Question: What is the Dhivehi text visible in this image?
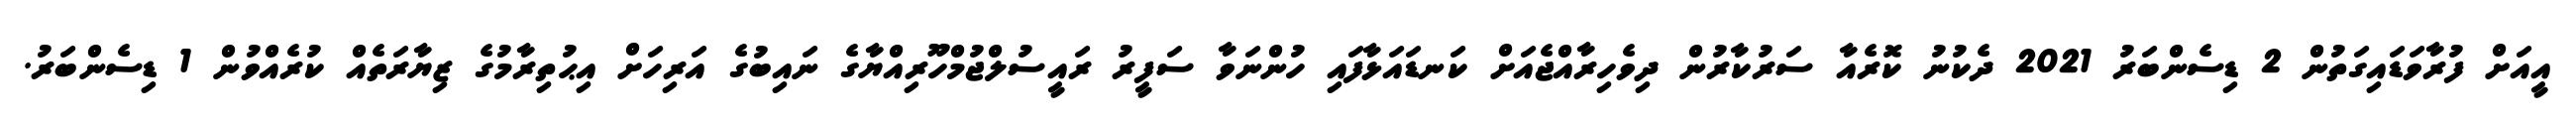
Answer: އީއަށް ފުރާވަޑައިގަތުން 2 ޑިސެންބަރު 2021 ދެކުނު ކޮރެއާ ސަރުކާރުން ދިވެހިރާއްޖެއަށް ކަނޑައަޅާފައި ހުންނަވާ ސަފީރު ރައީސުލްޖުމްހޫރިއްޔާގެ ނައިބުގެ އަރިހަށް އިޙުތިރާމުގެ ޒިޔާރަތެއް ކުރެއްވުން 1 ޑިސެންބަރު.